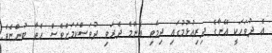
އެ ދުވަހަކީ އޭނާގެ ދިރިއުޅުމުގައި ދިމާވި އެންމެ ދެރަވި ދުވަސްކަމަށްވެސް ހެތާ ބުންޏެވެ.